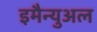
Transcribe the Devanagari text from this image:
इमैन्युअल